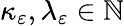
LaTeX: \kappa_{\varepsilon},\lambda_{\varepsilon}\in\mathbb{N}